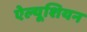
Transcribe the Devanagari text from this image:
ऐल्यूशियन